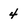
Character: 4